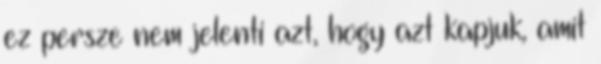
ez persze nem jelenti azt, hogy azt kapjuk, amit